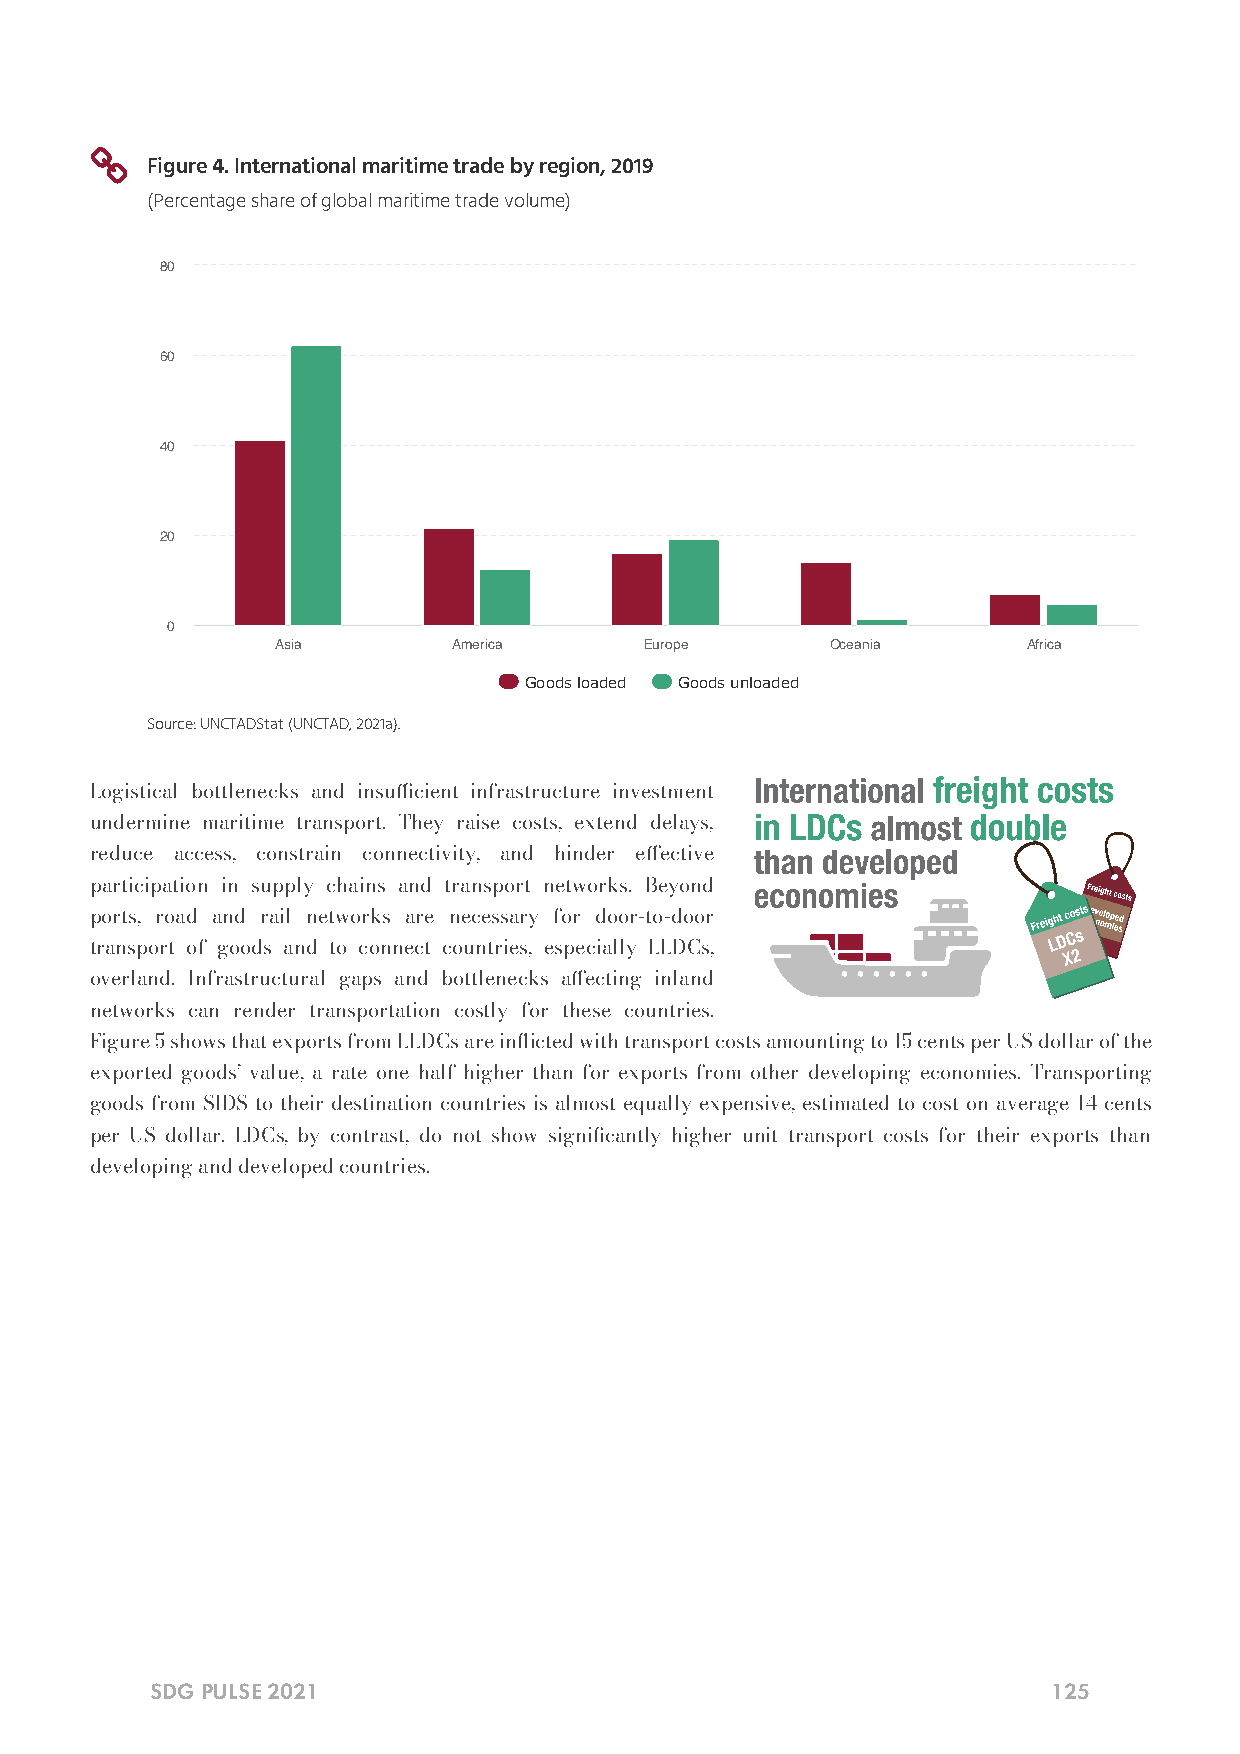

 Figure 4. International maritime trade by region, 2019
 (Percentage share of global maritime trade volume)
 80
 60
 40
 20
 0
 Asia        America      Europe      Oceania      Africa
 Goods loaded Goods unloaded
 Source: UNCTADStat (UNCTAD, 2021a).
 Logistical bottlenecks and insucient infrastructure investment
 undermine maritime transport. They raise costs, extend delays,
 reduce access, constrain connectivity, and hinder eective
 participation in supply chains and transport networks. Beyond
 ports, road and rail networks are necessary for door-to-door
 transport of goods and to connect countries, especially LLDCs,
 overland. Infrastructural gaps and bottlenecks aecting inland
 networks can render transportation costly for these countries.
 Figure 5 shows that exports from LLDCs are inicted with transport costs amounting to 15 cents per US dollar of the
 exported goods’ value, a rate one half higher than for exports from other developing economies. Transporting
 goods from SIDS to their destination countries is almost equally expensive, estimated to cost on average 14 cents
 per US dollar. LDCs, by contrast, do not show signicantly higher unit transport costs for their exports than
 developing and developed countries.
 SDG PULSE 2021                                              125